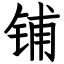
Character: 铺